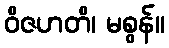
ဝိဇဟတိ၊ မစွန်။